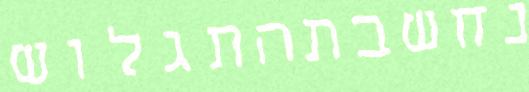
נחשבתהתגלוש